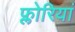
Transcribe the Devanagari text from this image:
फ्लोरियां